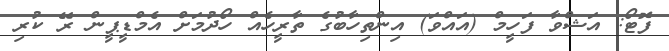
ފޮޓޯ: އަޝްވާ ފަހީމް (އައްވަ) އިންތިހާބުގެ ތާރީހެއް ހޯދުމަށް އެމްޑީޕީން ރޭ ކުރި